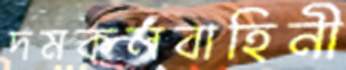
দমকলবাহিনী